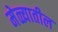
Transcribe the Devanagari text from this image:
मेळ्यातील